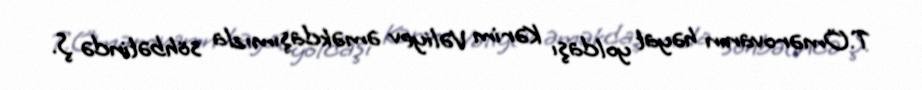
T.Ömərovanın həyat yoldaşı Kərim Vəliyev əməkdaşımızla söhbətində Ş.